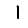
Digit: 1